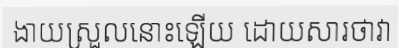
ងាយស្រួលនោះឡើយ ដោយសារថាវា